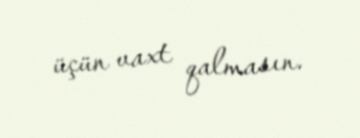
üçün vaxt qalmasın.